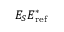
E _ { S } E _ { \mathrm { r e f } } ^ { * }